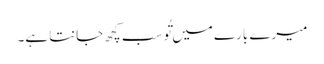
میرے بارے میں تُو سب کچھ جانتا ہے۔